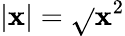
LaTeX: |\mathbf{x}|={\sqrt{}{{\mathbf{x}^{2}}}}